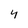
Character: 4